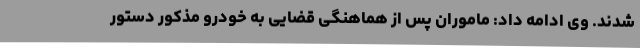
شدند. وی ادامه داد: ماموران پس از هماهنگی قضایی به خودرو مذکور دستور